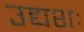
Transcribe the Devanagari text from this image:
उद्यशः